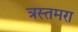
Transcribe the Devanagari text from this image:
त्रस्तमरा